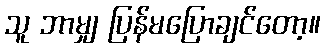
သူ ဘာမျှ ပြန်မပြောချင်တော့။